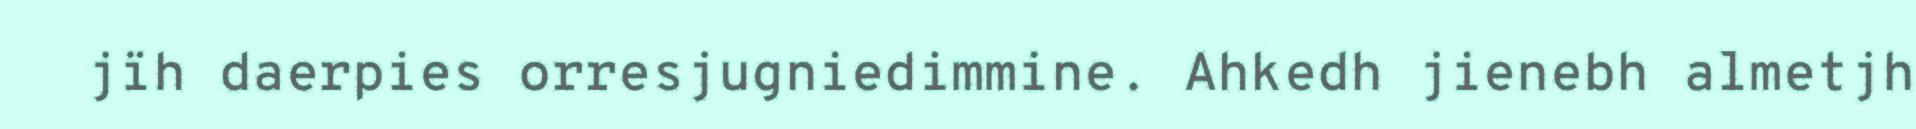
jïh daerpies orresjugniedimmine. Ahkedh jienebh almetjh